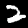
Label: 2